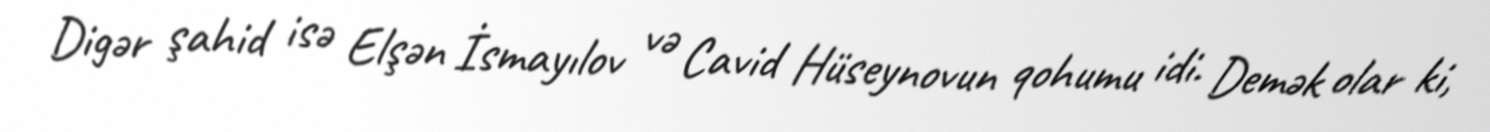
Digər şahid isə Elşən İsmayılov və Cavid Hüseynovun qohumu idi. Demək olar ki,